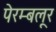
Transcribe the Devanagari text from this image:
पेरम्बलूर